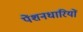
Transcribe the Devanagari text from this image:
पेंशनधारियों